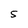
Character: 5